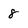
Character: 8